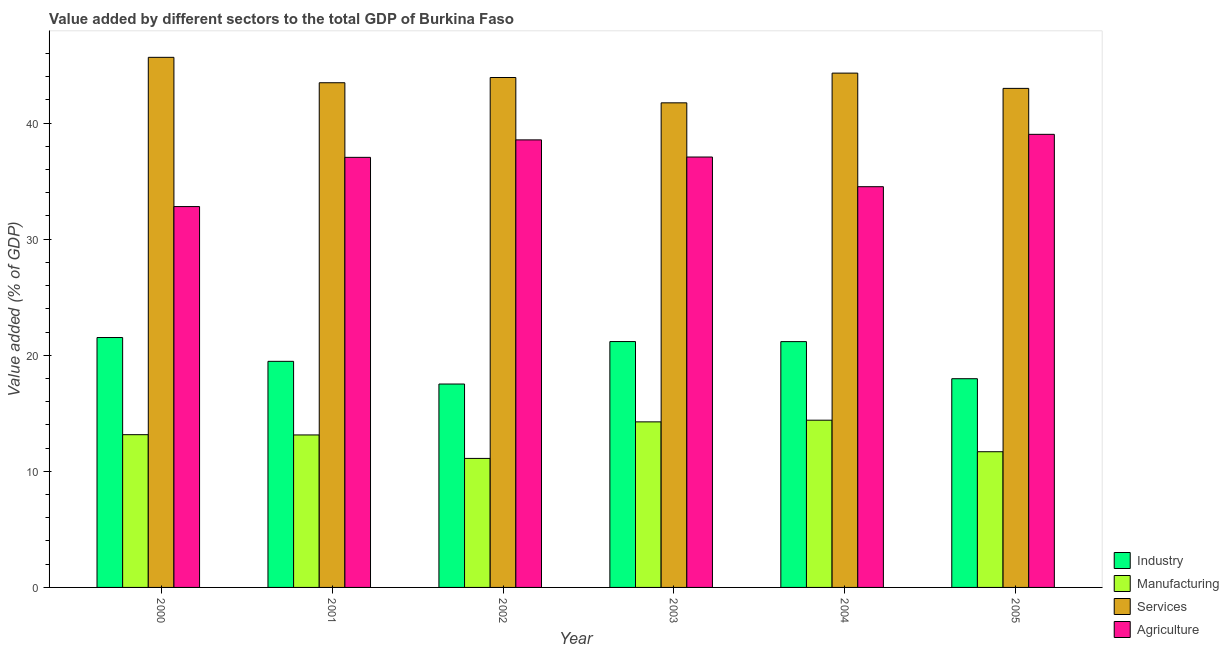
| Year | Industry | Manufacturing | Services | Agriculture |
 | --- | --- | --- | --- | --- |
 | 2000 | 21.5 | 13.2 | 45.7 | 32.8 |
 | 2001 | 19.5 | 13.1 | 43.5 | 37 |
 | 2002 | 17.5 | 11.1 | 43.9 | 38.6 |
 | 2003 | 21.2 | 14.3 | 41.7 | 37.1 |
 | 2004 | 21.2 | 14.4 | 44.3 | 34.5 |
 | 2005 | 18 | 11.7 | 43 | 39 |